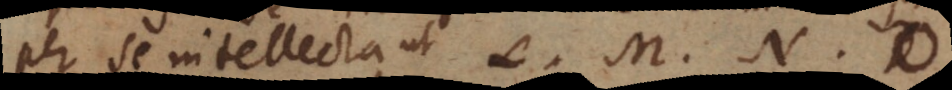
per se intellecta, ut L, M, N, O